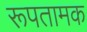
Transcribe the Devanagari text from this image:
रूपतामक